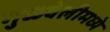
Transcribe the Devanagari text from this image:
गुळवेलीमध्ये